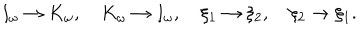
I _ { \omega } \rightarrow K _ { \omega } , \quad K _ { \omega } \rightarrow I _ { \omega } , \quad \xi _ { 1 } \rightarrow \xi _ { 2 } , \quad \xi _ { 2 } \rightarrow \xi _ { 1 } .